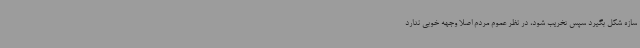
سازه شکل بگیرد سپس تخریب شود، در نظر عموم مردم اصلا وجهه خوبی ندارد